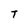
Character: T